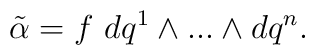
{\tilde\alpha}= f~dq^1\wedge...\wedge dq^n.